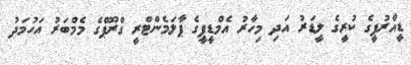
ޑީއާރުޕީގެ ކުރީގެ ލީޑަރު އަދި މިހާރު އެމްޑީޕީގެ ޕާލަމެންޓްރީ ގްރޫޕްގެ މެމްބަރު އަހުމަދު